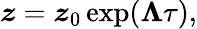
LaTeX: \boldsymbol{z}=\boldsymbol{z}_{0}\exp(\boldsymbol{\Lambda}\tau),